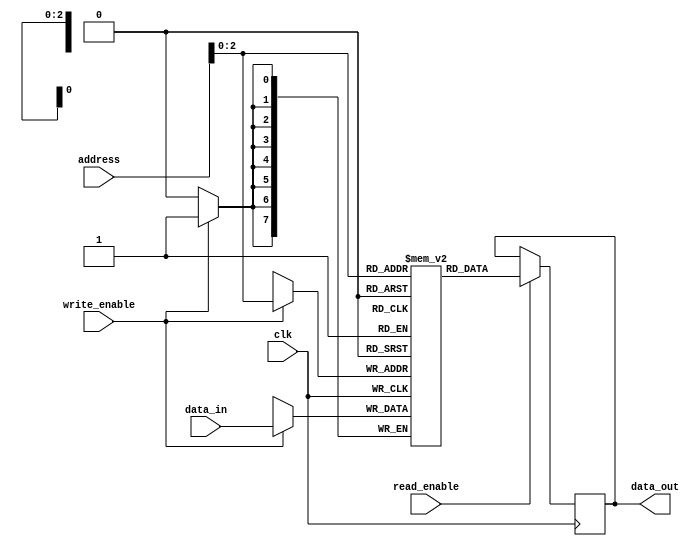
module register_file (
  input wire clk,        // Clock signal
  input wire [7:0] address, // Address input for selecting register
  input wire [7:0] data_in, // Input data to be written to register
  input wire write_enable, // Write enable signal
  input wire read_enable, // Read enable signal
  output reg [7:0] data_out // Output data read from register
);

reg [7:0] registers [7:0]; // Array of registers

always @(posedge clk) begin
  if (write_enable) begin
    registers[address] <= data_in; // Write data to selected register
  end

  if (read_enable) begin
    data_out <= registers[address]; // Read data from selected register
  end
end

endmodule